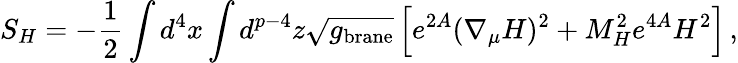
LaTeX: S_{H}=-{\frac{1}{2}}\int d^{4}x\int d^{p-4}z\sqrt{g_{\mathrm{brane}}}\left[e^{2A}(\nabla_{\mu}H)^{2}+M_{H}^{2}e^{4A}H^{2}\right]\, ,